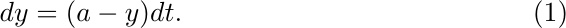
\begin{equation}\label{eq:9}
{
d{y}=(a-y)dt. %\hspace{0.2cm} {\text{if}} \hspace{0.1cm} y\geq 1 \Rightarrow y = 0.
}
\end{equation}